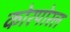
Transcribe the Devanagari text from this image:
कोरपोरल